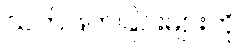
သတ်ဖြတ်ခြင်းများကို